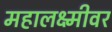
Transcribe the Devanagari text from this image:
महालक्ष्मीवर